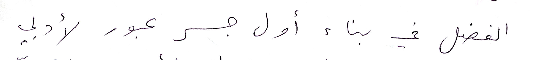
الفضل في بناء اول جسر عبور لأدبي